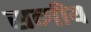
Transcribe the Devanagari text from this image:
सव्गीय